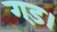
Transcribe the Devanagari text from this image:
गड़।